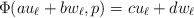
\begin{align*}\Phi(au_\ell + b w_\ell, p) = c u_\ell + d w_\ell\end{align*}